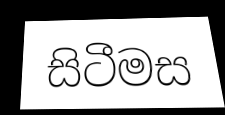
සිටීමස